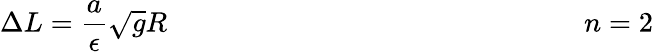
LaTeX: \Delta L=\frac{a}{\epsilon}\sqrt{g}R~~~~~~~~~~~~~~~~~~~~~~~~~~~~~~~~~~~~~~~~~~~~~~~~~~~~~~~~~~~n=2